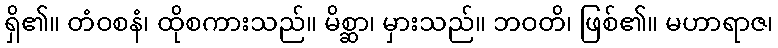
ရှိ၏။ တံဝစနံ၊ ထိုစကားသည်။ မိစ္ဆာ၊ မှားသည်။ ဘဝတိ၊ ဖြစ်၏။ မဟာရာဇ၊